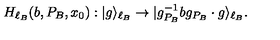
H _ { \ell _ { B } } ( b , P _ { B } , x _ { 0 } ) : | g \rangle _ { \ell _ { B } } \to | g _ { P _ { B } } ^ { - 1 } b g _ { P _ { B } } \cdot g \rangle _ { \ell _ { B } } .